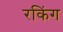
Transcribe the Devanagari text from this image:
रकिंग